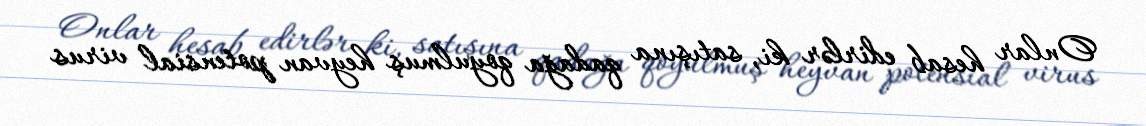
Onlar hesab edirlər ki, satışına qadağa qoyulmuş heyvan potensial virus